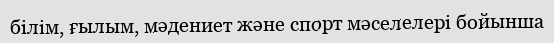
білім, ғылым, мәдениет және спорт мәселелері бойынша